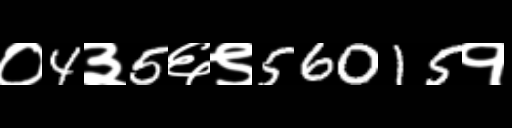
Text: ०4३5६९56015१